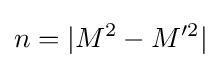
n=|M^{2}-M'^{2}|